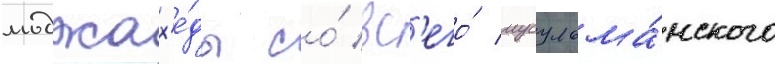
моджах'е́ды со́ вс'его́ мусульма́нского